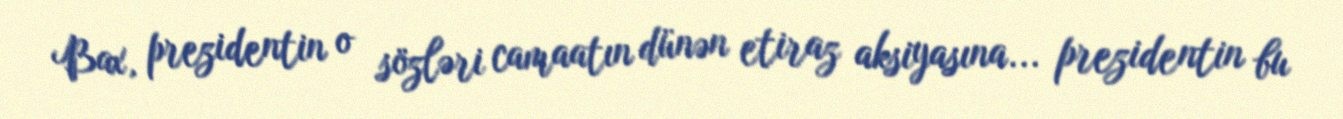
Bax, prezidentin o sözləri camaatın dünən etiraz aksiyasına... prezidentin bu